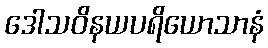
ဒေါသဝိနယပရိယောသာနံ